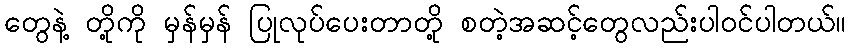
တွေနဲ့ တို့ကို မှန်မှန် ပြုလုပ်ပေးတာတို့ စတဲ့အဆင့်တွေလည်းပါဝင်ပါတယ်။